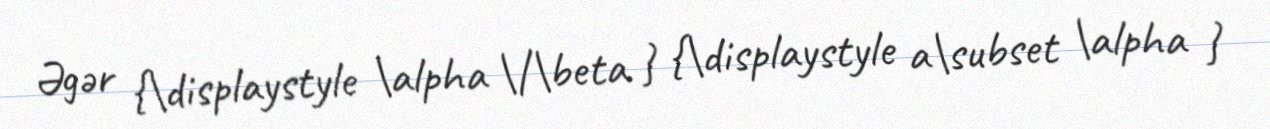
Əgər {\displaystyle \alpha \|\beta } {\displaystyle a\subset \alpha }